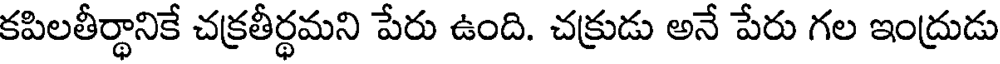
కపిలతీర్థానికే చక్రతీర్థమని పేరు ఉంది. చక్రుడు అనే పేరు గల ఇంద్రుడు